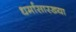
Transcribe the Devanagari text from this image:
धर्मासारख्या